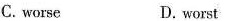
C. worse D. worst